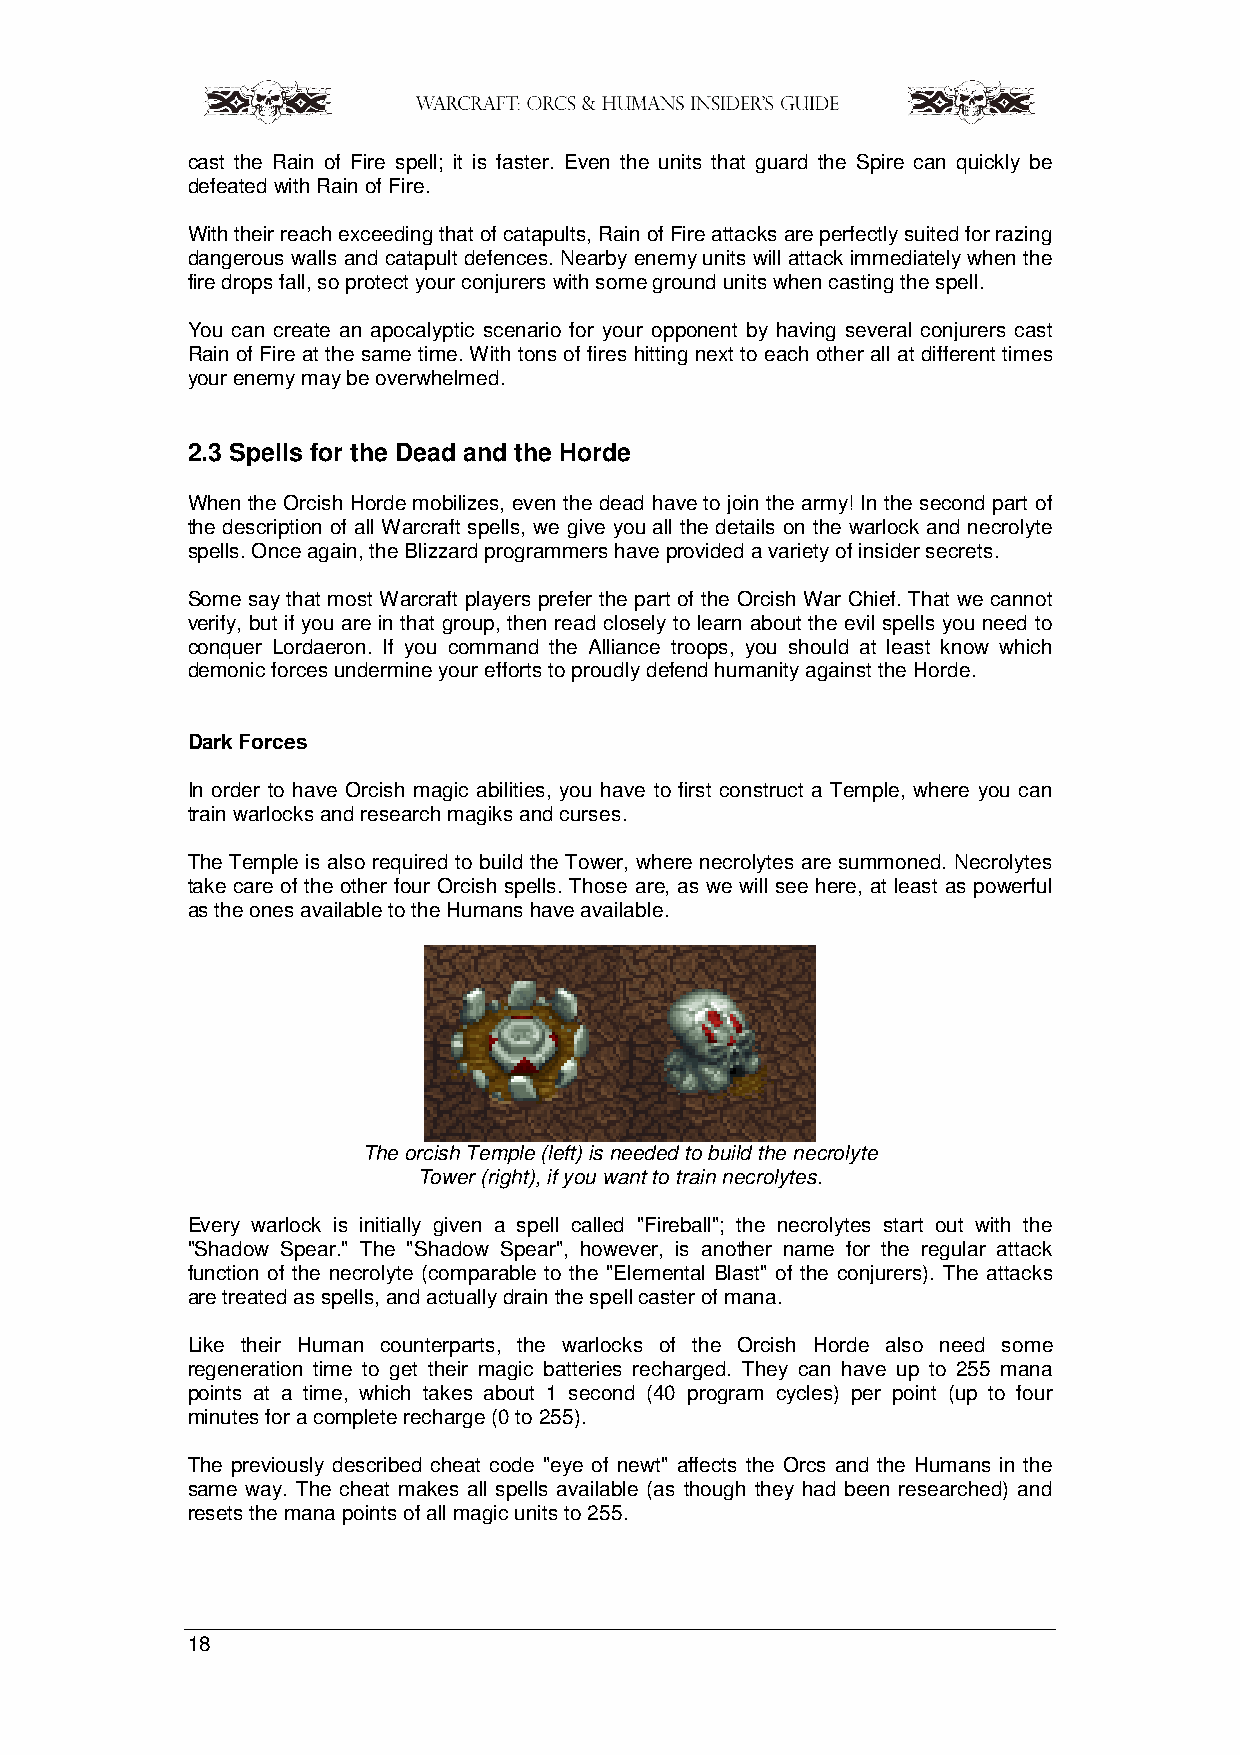
cast the Rain of Fire spell; it is faster. Even the units that guard the Spire can quickly be
 defeated with Rain of Fire.
 With their reach exceeding that of catapults, Rain of Fire attacks are perfectly suited for razing
 dangerous walls and catapult defences. Nearby enemy units will attack immediately when the
 fire drops fall, so protect your conjurers with some ground units when casting the spell.
 You can create an apocalyptic scenario for your opponent by having several conjurers cast
 Rain of Fire at the same time. With tons of fires hitting next to each other all at different times
 your enemy may be overwhelmed.
 2.3 Spells for the Dead and the Horde
 When the Orcish Horde mobilizes, even the dead have to join the army! In the second part of
 the description of all Warcraft spells, we give you all the details on the warlock and necrolyte
 spells. Once again, the Blizzard programmers have provided a variety of insider secrets.
 Some say that most Warcraft players prefer the part of the Orcish War Chief. That we cannot
 verify, but if you are in that group, then read closely to learn about the evil spells you need to
 conquer Lordaeron. If you command the Alliance troops, you should at least know which
 demonic forces undermine your efforts to proudly defend humanity against the Horde.
 Dark Forces
 In order to have Orcish magic abilities, you have to first construct a Temple, where you can
 train warlocks and research magiks and curses.
 The Temple is also required to build the Tower, where necrolytes are summoned. Necrolytes
 take care of the other four Orcish spells. Those are, as we will see here, at least as powerful
 as the ones available to the Humans have available.
 The orcish Temple (left) is needed to build the necrolyte
 Tower (right), if you want to train necrolytes.
 Every warlock is initially given a spell called "Fireball"; the necrolytes start out with the
 "Shadow Spear." The "Shadow Spear", however, is another name for the regular attack
 function of the necrolyte (comparable to the "Elemental Blast" of the conjurers). The attacks
 are treated as spells, and actually drain the spell caster of mana.
 Like their Human counterparts, the warlocks of the Orcish Horde also need some
 regeneration time to get their magic batteries recharged. They can have up to 255 mana
 points at a time, which takes about 1 second (40 program cycles) per point (up to four
 minutes for a complete recharge (0 to 255).
 The previously described cheat code "eye of newt" affects the Orcs and the Humans in the
 same way. The cheat makes all spells available (as though they had been researched) and
 resets the mana points of all magic units to 255.
 18